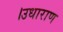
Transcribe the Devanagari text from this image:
।उधाराण